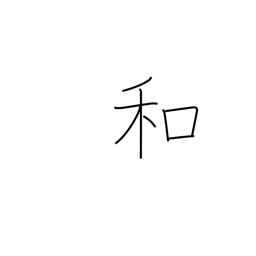
Meaning: soften